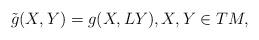
LaTeX: \begin{gather*}\tilde{g}(X,Y)=g(X,LY),X,Y\in TM,\end{gather*}